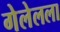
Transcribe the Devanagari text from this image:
गेलेलला